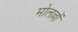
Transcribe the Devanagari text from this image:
मोलल्लों